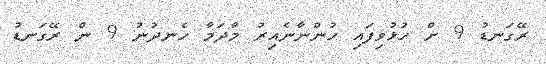
ރޭގަނޑު 9 ށް ހުޅުވިފައި ހުންނާނެއިރު މާދަމާ ހެނދުނު 9 ން ރޭގަނޑު